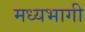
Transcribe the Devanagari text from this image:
मध्‍यभागी